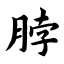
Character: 脖